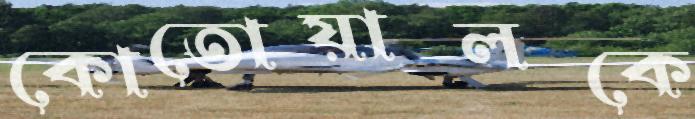
কোতোয়ালকে